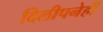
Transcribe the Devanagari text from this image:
दिलीपनेही